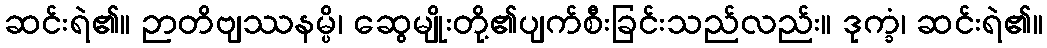
ဆင်းရဲ၏။ ဉာတိဗျဿနမ္ပိ၊ ဆွေမျိုးတို့၏ပျက်စီးခြင်းသည်လည်း။ ဒုက္ခံ၊ ဆင်းရဲ၏။